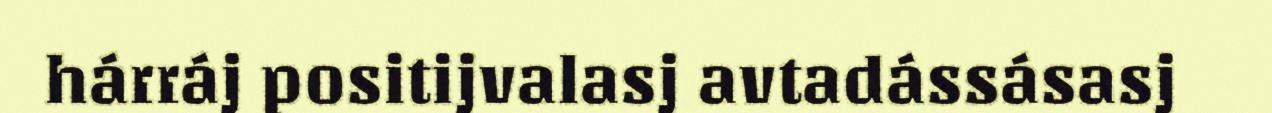
hárráj positijvalasj avtadássásasj